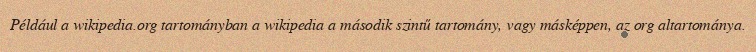
Például a wikipedia.org tartományban a wikipedia a második szintű tartomány, vagy másképpen, az org altartománya.